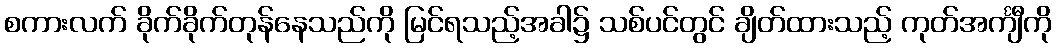
စကားလက် ခိုက်ခိုက်တုန်နေသည်ကို မြင်ရသည့်အခါ၌ သစ်ပင်တွင် ချိတ်ထားသည့် ကုတ်အင်္ကျီကို